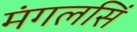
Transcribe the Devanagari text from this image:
मंगलसिं